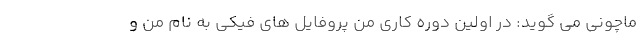
ماچونی می گوید: در اولین دوره کاری من پروفایل های فیکی به نام من و